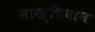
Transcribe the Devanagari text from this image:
नाख्चिवान